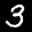
Label: 3